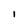
Character: I